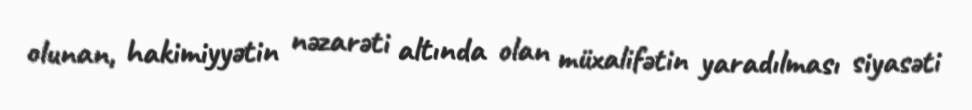
olunan, hakimiyyətin nəzarəti altında olan müxalifətin yaradılması siyasəti